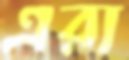
এরা